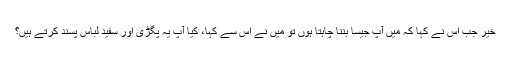
خیر جب اس نے کہا کہ میں آپ جیسا بننا چاہتا ہوں تو میں نے اس سے کہا، کیا آپ یہ پگڑی اور سفید لباس پسند کرتے ہیں؟